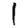
Digit: 1